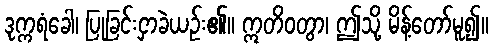
ဒုက္ကရံခေါ၊ ပြုခြင်းငှာခဲယဉ်း၏။ ဣတိဝတွာ၊ ဤသို့ မိန့်တော်မူ၍။